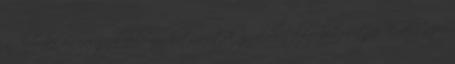
az december elsejei gyulafehérvári határozatok gyakorlatilag biztosítják Erdély népei